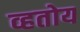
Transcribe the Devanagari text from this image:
व्हतोय